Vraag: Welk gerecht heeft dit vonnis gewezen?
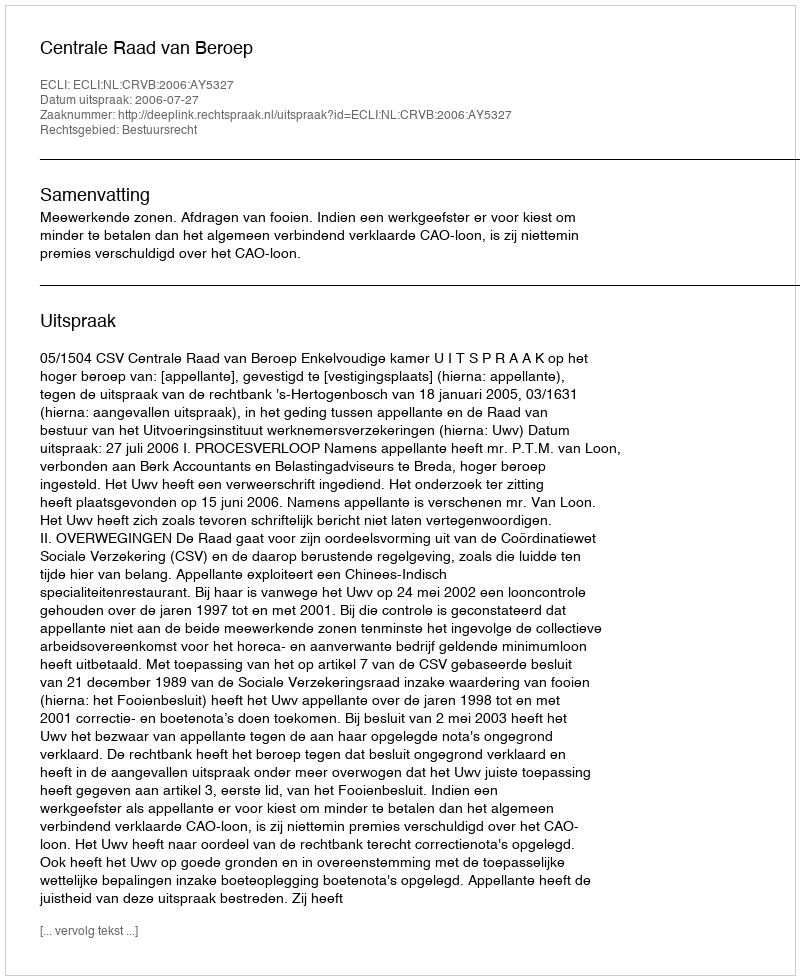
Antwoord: Centrale Raad van Beroep